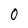
Character: 0